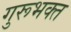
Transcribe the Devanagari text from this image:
गुरूभक्त